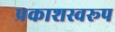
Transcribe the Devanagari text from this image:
प्रकाशस्वरूप